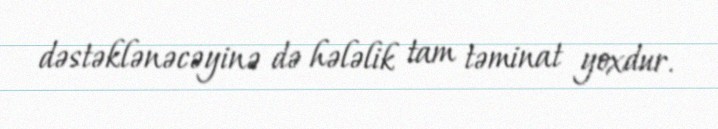
dəstəklənəcəyinə də hələlik tam təminat yoxdur.